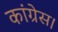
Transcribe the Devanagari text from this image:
कांग्रेस।